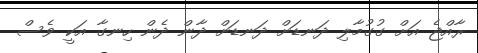
ރާއްޖެ އަށް ގުގުމާލި ދަނޑަށް ދަނޑަށް ދާން ދެން ހިނގާ އަކީ ވެސް